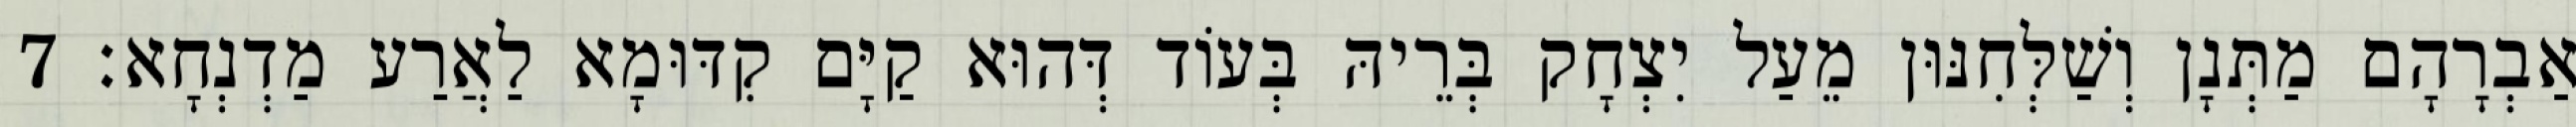
אַבְרָהָם מַתְּנָן וְשַׁלְּחִנּוּן מֵעַל יִצְחָק בְּרֵיהּ בְּעוֹד דְּהוּא קַיָּם קִדּוּמָא לַאֲרַע מַדְנְחָא׃ 7